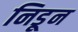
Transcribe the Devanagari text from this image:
निडून